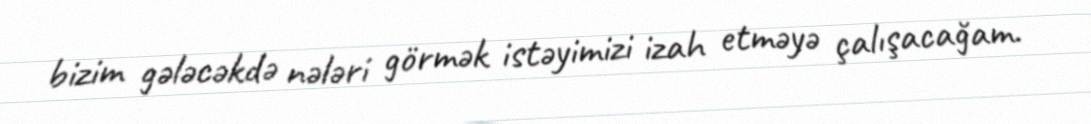
bizim gələcəkdə nələri görmək istəyimizi izah etməyə çalışacağam.